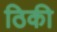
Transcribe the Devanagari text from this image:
ठिकी